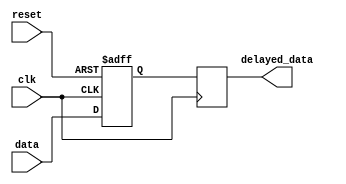
module latch_delay (
  input wire clk,
  input wire reset,
  input wire data,
  output reg delayed_data
);

reg latch;

always @(posedge clk or posedge reset) begin
  if (reset) begin
    latch <= 1'b0;
  end else begin
    latch <= data;
  end
end

always @(posedge clk) begin
  delayed_data <= latch;
end

endmodule